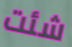
شئت